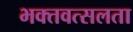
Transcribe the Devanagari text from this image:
भक्तवत्सलता